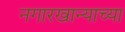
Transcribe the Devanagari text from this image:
नगारखान्याच्या